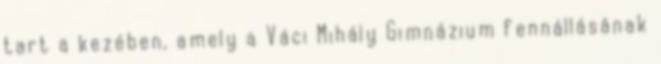
tart a kezében, amely a Váci Mihály Gimnázium fennállásának